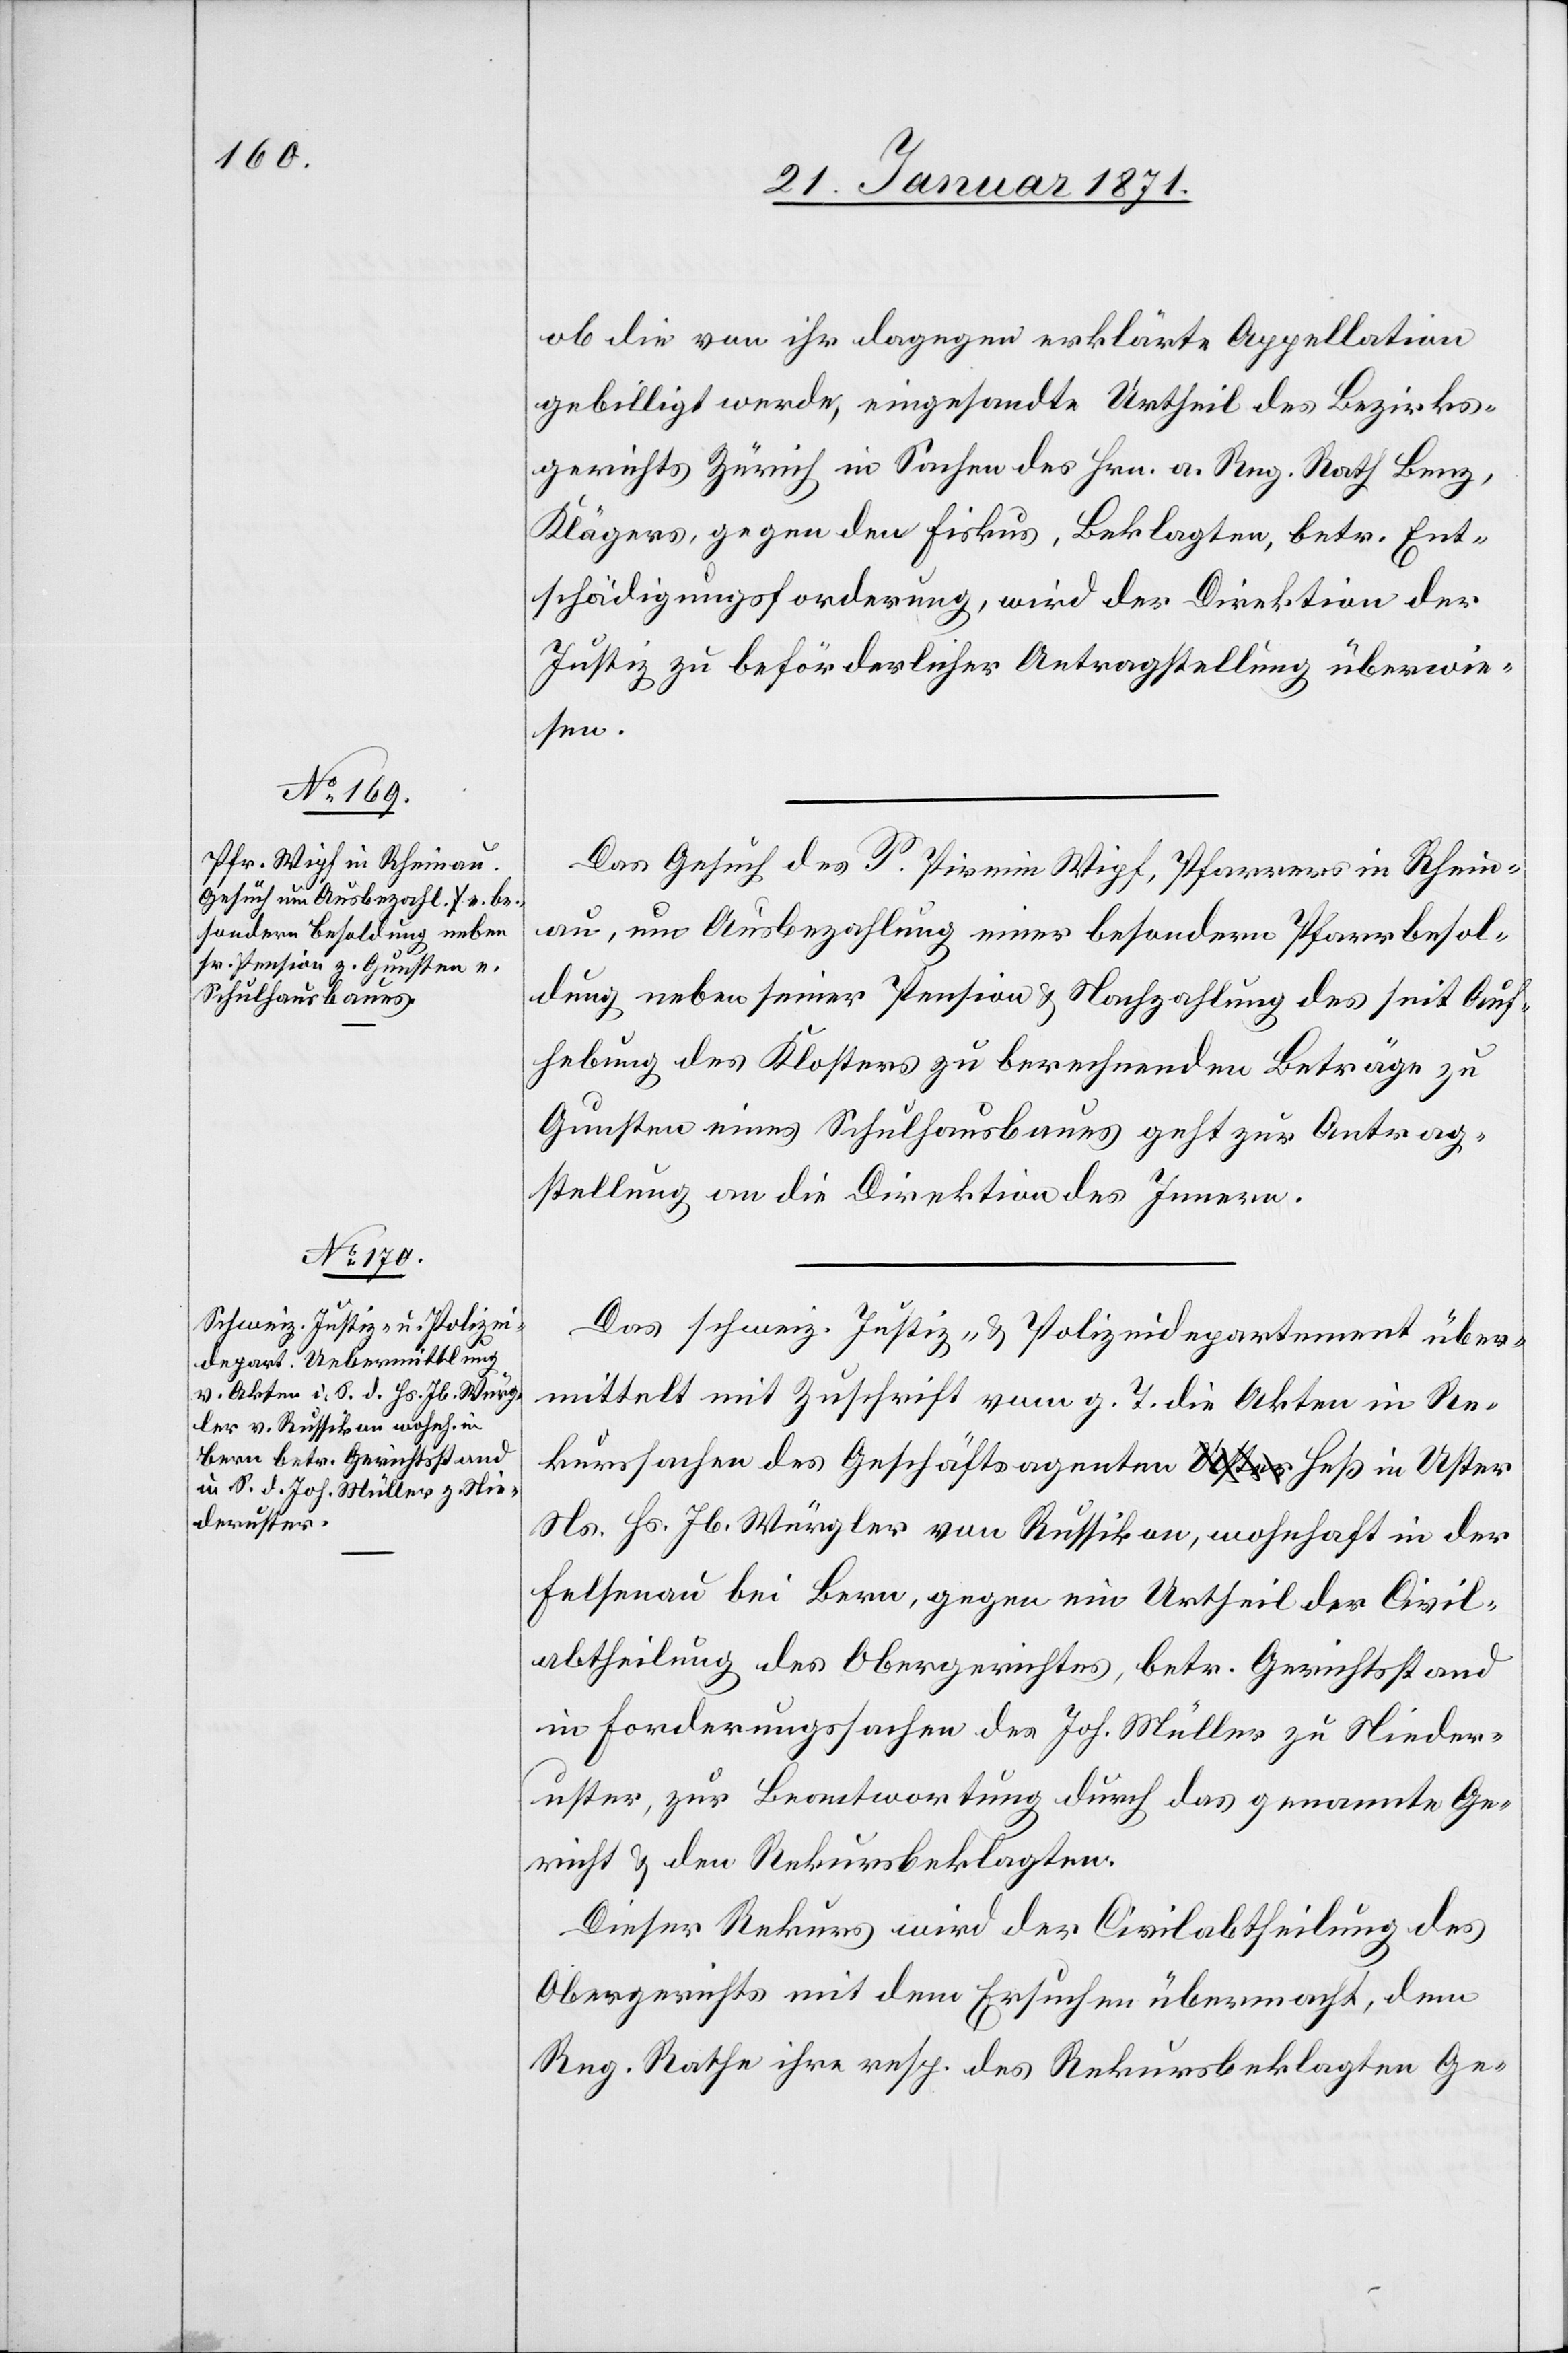
27. Januar 1871.]
ob die von ihr dagegen erklärte Appellation
gebilligt werde, eingesandte Urtheil des Bezirks¬
gerichts Zürich in Sachen des Hrn. a. Reg. Rath Benz,
Klägers, gegen den Fiskus, Beklagten, betr. Ent¬
schädigungsforderung, wird der Direktion der
Justiz zu beförderlicher Antragstellung überwie¬
sen.
Das Gesuch des P. Pirmin Wipf, Pfarrers in Rhein¬
au, um Ausbezahlung einer besondern Pfarrbesol¬
dung neben seiner Pension u. Nachzahlung des seit Auf¬
hebung des Klosters zu berechnenden Beträge zu
Gunsten eines Schulhausbaues geht zur Antrag¬
stellung an die Direktion des Innern.
Das schweiz. Justiz- u. Polizeidepartement über¬
mittelt mit Zuschrift vom g. T. die Akten in Re¬
kurssachen des Geschäftsagenten Heß in Uster
Ns. Hs. Jb. Würgler von Russikon, wohnhaft in der
Felsenau bei Bern, gegen ein Urtheil der Civil¬
abtheilung des Obergerichtes, betr. Gerichtsstand
in Forderungssachen des Joh. Müller zu Nieder¬
uster, zur Beantwortung durch das genannte Ge¬
richt u. den Rekursbeklagten.
Dieser Rekurs wird der Civilabtheilung des
Obergerichts mit dem Ersuchen übermacht, dem
Reg. Rathe ihre resp. des Rekursbeklagten Ge-